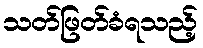
သတ်ဖြတ်ခံရသည့်